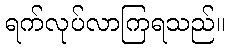
ရက်လုပ်လာကြရသည်။